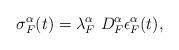
LaTeX: \begin{align*} \sigma_{F}^{\alpha}(t)=\lambda_{F}^{\alpha}~D_{F}^{\alpha} \epsilon_{F}^{\alpha}(t), \end{align*}